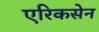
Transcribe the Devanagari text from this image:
एरिकसेन